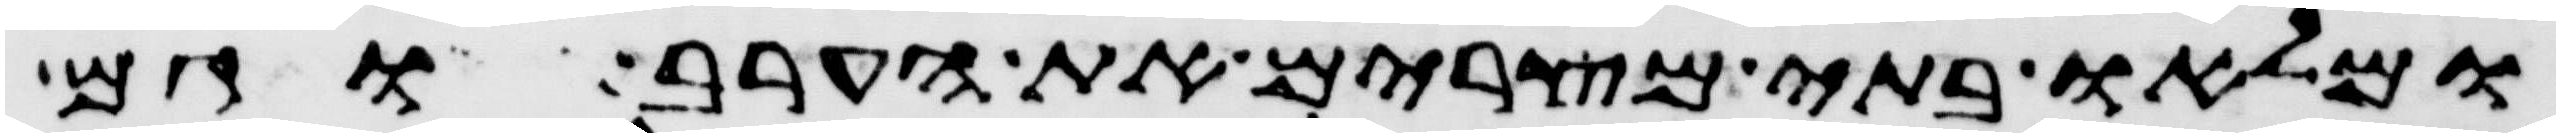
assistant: ומלאו בתי מצרים את הערב וגם